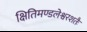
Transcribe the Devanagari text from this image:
क्षितिमण्डलेश्वरशतैः